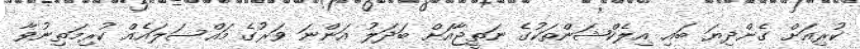
ކުރިއަށް ގެންދިޔަ ބައި އިލެކްޝަންތަކުގެ ނަތީޖާއަށް ބަދަލު އަންނަ ވަރުގެ މައްސަލައެއް ކުރިމަތިނުވާ